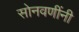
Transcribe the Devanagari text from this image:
सोनवणींनी